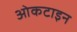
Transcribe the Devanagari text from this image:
ओकटाइन